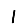
Digit: 1